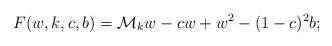
LaTeX: \begin{align*}F(w,k,c,b)=\mathcal{M}_k w-cw+w^2-(1-c)^2b;\end{align*}